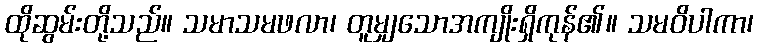
ထိုဆွမ်းတို့သည်။ သမာသမဖလာ၊ တူမျှသောအကျိုးရှိကုန်၏။ သမဝိပါကာ၊